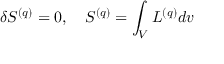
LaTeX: \delta S ^ { ( q ) } = 0 , \ \ \ S ^ { ( q ) } = \int _ { V } { \cal L } ^ { ( q ) } d v